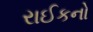
રાઈકનો